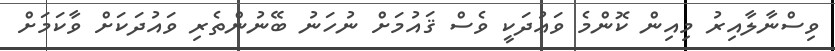
ވިސްނާލާއިރު މިއިން ކޮންމެ ވަޢުދަކީ ވެސް ޤައުމަށް ނުހަނު ބޭނުންތެރި ވައުދަކަށް ވާކަމަށް